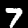
Label: 7